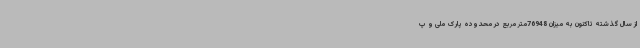
از سال گذشته تاکنون به میزان 76948متر مربع در محدوده پارک ملی و پ